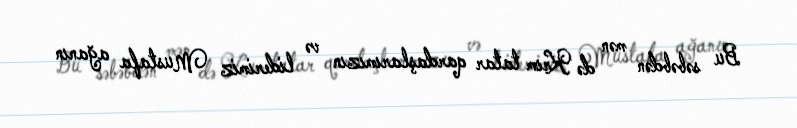
Bu səbəbdən mən də Krım tatar qardaşlarımızın və liderimiz Mustafa ağanın